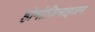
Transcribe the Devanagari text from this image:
होमोजिनाइजन